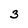
Character: 3